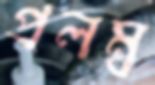
প্রলম্ব